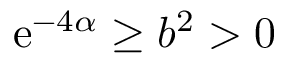
\mathrm { e } ^ { - 4 \alpha } \geq b ^ { 2 } > 0